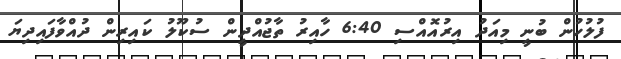
ފުލުހުން ބުނީ މިއަދު އިރުއޮއްސި 6:40 ހާއިރު ތާޖުއްދީން ސުކޫލު ކައިރިން ދުއްވާފައިދިޔަ